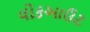
વોકઆઉટ